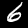
Label: 6